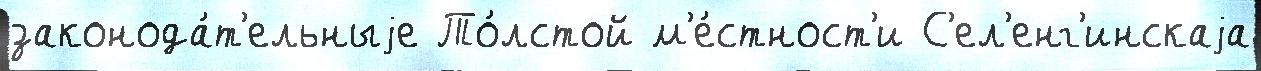
законода́т'ельныjе То́лстой м'е́стност'и С'ел'енг'инскаjа